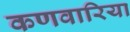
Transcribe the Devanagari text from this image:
कणवारिया